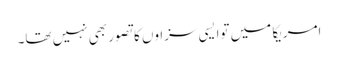
امریکا میں توا یسی سزاوں کا تصور بھی نہیں تھا۔